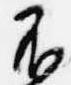
不